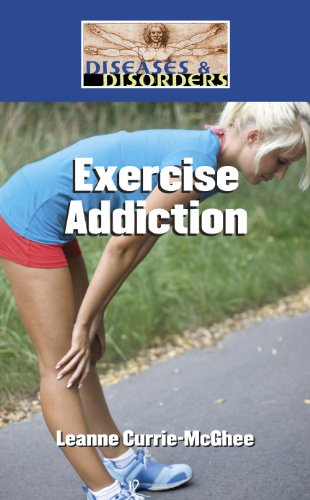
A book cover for Exercise Addiction (Diseases and Disorders); Leanne K. Currie-McGhee; Teen & Young Adult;